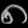
Digit: ၈